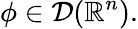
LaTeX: \phi\in{\mathcal{D}}(\mathbb{R}^{n}).